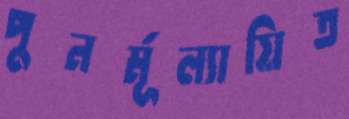
পুনর্মূল্যায়িত